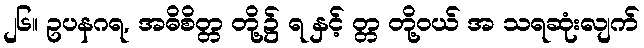
၂၆။ ဥပနဂရ, အဓိစိတ္တ တို့၌ ရ နှင့် တ္တ တို့ဝယ် အ သရဆုံးလျက်